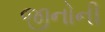
જીનોની